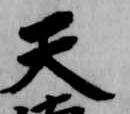
天